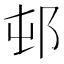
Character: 邨